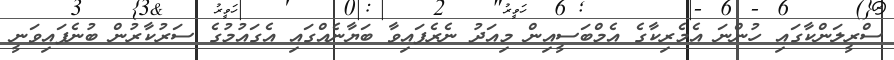
ސްރީލަންކާގައި ހުންނަ އެމެރިކާގެ އެމްބަސީއިން މިއަދު ނެރެފައިވާ ބަޔާނެއްގައި އެގައުމުގެ ސަރުކާރުން ބުނެފައިވަނީ